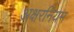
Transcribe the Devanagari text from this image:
अक्षरनियम